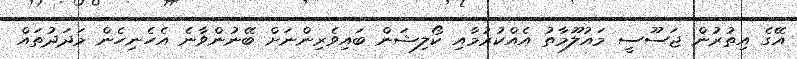
އޭގެ އިތުރުން ޖަސޫސީ މައުލޫމާތު އެއްކުރުމާއި ކޯލިޝަން ބައިވެރިންނަށް ބޭނުންވާނެ އެހެނިހެން މަދަދުތައް